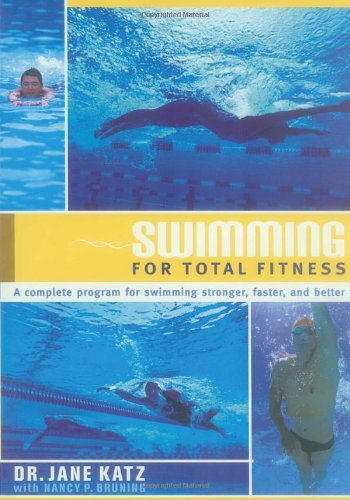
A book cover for Swimming for Total Fitness: A Progressive Aerobic Program; Jane Katz; Health, Fitness & Dieting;